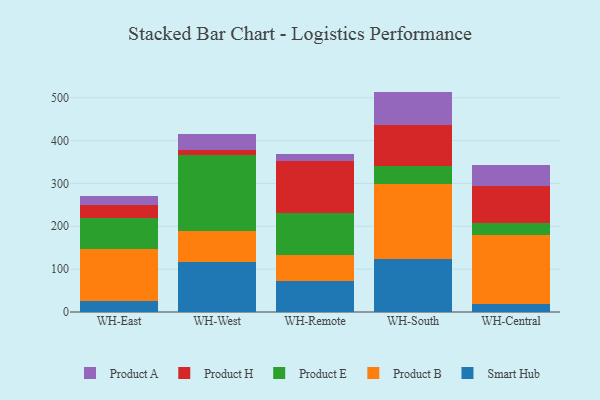
{"axis": {"x": "Warehouse", "y": "Demand Index"}, "legend": ["Product A", "Product B", "Product E", "Product H", "Smart Hub"], "data": [{"x": "WH-East", "y": 25.4, "type": "Smart Hub"}, {"x": "WH-East", "y": 121.2, "type": "Product B"}, {"x": "WH-East", "y": 73.0, "type": "Product E"}, {"x": "WH-East", "y": 29.8, "type": "Product H"}, {"x": "WH-East", "y": 20.6, "type": "Product A"}, {"x": "WH-West", "y": 117.2, "type": "Smart Hub"}, {"x": "WH-West", "y": 71.4, "type": "Product B"}, {"x": "WH-West", "y": 177.4, "type": "Product E"}, {"x": "WH-West", "y": 12.4, "type": "Product H"}, {"x": "WH-West", "y": 36.8, "type": "Product A"}, {"x": "WH-Remote", "y": 72.0, "type": "Smart Hub"}, {"x": "WH-Remote", "y": 62.1, "type": "Product B"}, {"x": "WH-Remote", "y": 97.4, "type": "Product E"}, {"x": "WH-Remote", "y": 122.0, "type": "Product H"}, {"x": "WH-Remote", "y": 15.0, "type": "Product A"}, {"x": "WH-South", "y": 123.1, "type": "Smart Hub"}, {"x": "WH-South", "y": 176.4, "type": "Product B"}, {"x": "WH-South", "y": 41.2, "type": "Product E"}, {"x": "WH-South", "y": 95.3, "type": "Product H"}, {"x": "WH-South", "y": 78.3, "type": "Product A"}, {"x": "WH-Central", "y": 18.8, "type": "Smart Hub"}, {"x": "WH-Central", "y": 160.3, "type": "Product B"}, {"x": "WH-Central", "y": 27.9, "type": "Product E"}, {"x": "WH-Central", "y": 86.8, "type": "Product H"}, {"x": "WH-Central", "y": 49.1, "type": "Product A"}]}